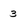
Character: 3